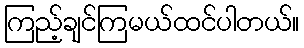
ကြည့်ချင်ကြမယ်ထင်ပါတယ်။